Report of the Imperial Institute of Veterinary Research, Muktesar
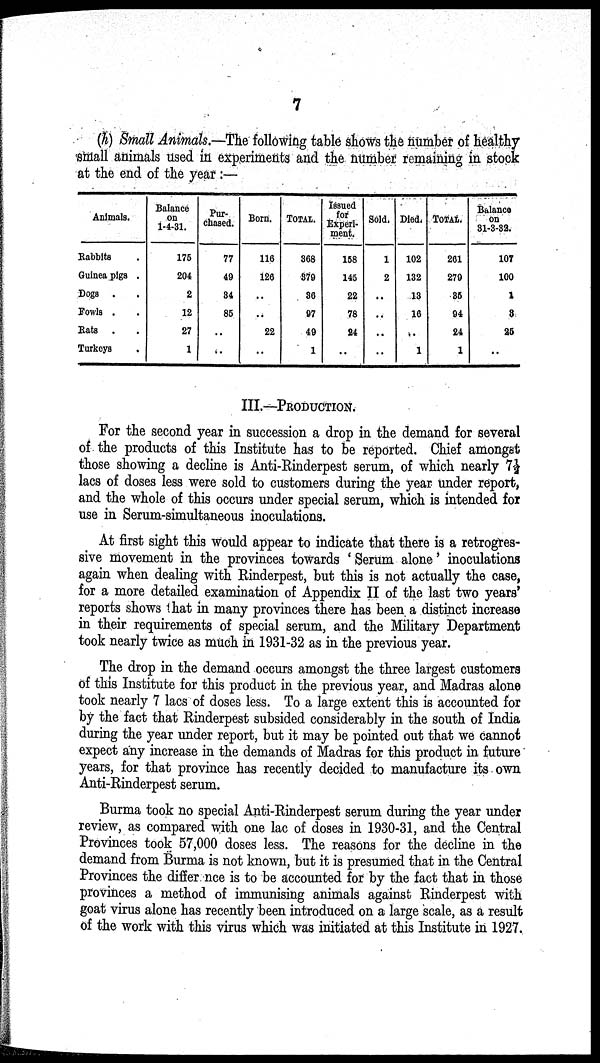
7
(h) Small Animals.—The following table shows the number of healthy
small animals used in experiments and the number remaining in stock
at the end of the year :—
Animals.
Rabbits
Guinea pigs .
Dogs .
Fowls .
Rats
.
Turkeys
Balance
on
1-4-31.
175
204
2
12
27
1
Pur-
chased.
77
49
84
85
..
..
Born.
116
126
..
..
22
..
TOTAL.
368
379
36
97
49
1
Issued
for
Experi-
ment.
158
145
22
78
24
..
Sold.
1
2
..
..
..
..
Died.
102
132
13
16
..
1
TOTAL.
261
279
35
94
24
1
Balance
on
31-3-32.
107
100
1
3
25
..
III.—PRODUCTION.
For the second year in succession a drop in the demand for several
of the products of this Institute has to be reported. Chief amongst
those showing a decline is Anti-Rinderpest serum, of which nearly 7½
lacs of doses less were sold to customers during the year under report,
and the whole of this occurs under special serum, which is intended for
use in Serum-simultaneous inoculations.
At first sight this would appear to indicate that there is a retrogres-
sive movement in the provinces towards ' Serum alone ' inoculations
again when dealing with Rinderpest, but this is not actually the case,
for a more detailed examination of Appendix II of the last two years'
reports shows that in many provinces there has been a distinct increase
in their requirements of special serum, and the Military Department
took nearly twice as much in 1931-32 as in the previous year.
The drop in the demand occurs amongst the three largest customers
of this Institute for this product in the previous year, and Madras alone
took nearly 7 lacs of doses less. To a large extent this is accounted for
by the fact that Rinderpest subsided considerably in the south of India
during the year under report, but it may be pointed out that we cannot
expect any increase in the demands of Madras for this product in future
years, for that province has recently decided to manufacture its own
Anti-Rinderpest serum.
Burma took no special Anti-Rinderpest serum during the year under
review, as compared with one lac of doses in 1930-31, and the Central
Provinces took 57,000 doses less. The reasons for the decline in the
demand from Burma is not known, but it is presumed that in the Central
Provinces the difference is to be accounted for by the fact that in those
provinces a method of immunising animals against Rinderpest with
goat virus alone has recently been introduced on a large scale, as a result
of the work with this virus which was initiated at this Institute in 1927.